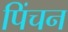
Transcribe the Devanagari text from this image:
पिंचन